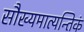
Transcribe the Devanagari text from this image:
सौख्यमात्यन्तिकं